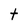
Character: t